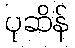
ပုဆိန်